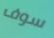
سوف